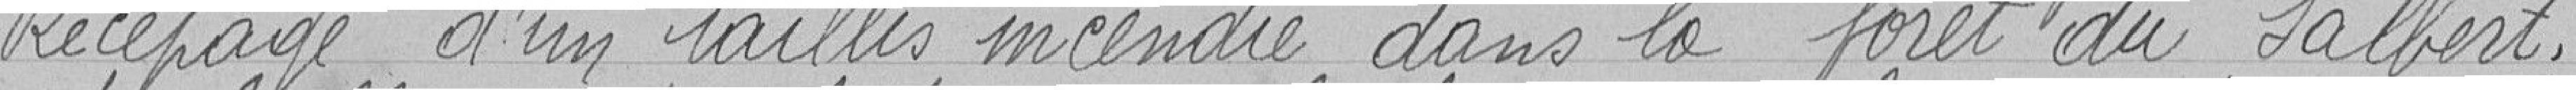
Recépage d'un taillis incendié dans la forêt du Salbert